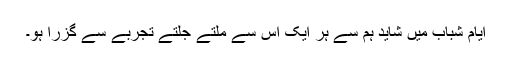
ایامِ شباب میں شاید ہم سے ہر ایک اس سے ملتے جلتے تجربے سے گزرا ہو۔